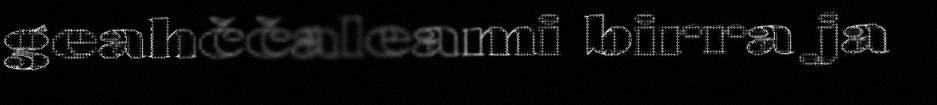
geahččaleami birra ja